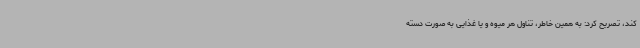
کند، تصریح کرد: به همین خاطر، تناول هر میوه و یا غذایی به صورت دسته